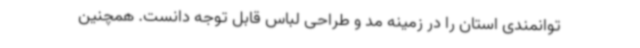
توانمندی استان را در زمینه مد و طراحی لباس قابل توجه دانست. همچنین